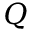
Q